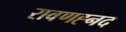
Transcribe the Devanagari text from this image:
रावणह्नद